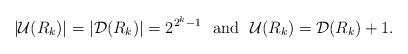
LaTeX: \begin{align*}|\mathcal{U}(R_k)| = |\mathcal{D}(R_k)| = 2^{2^k-1} \:\:\: \textrm{and} \:\:\: \mathcal{U}(R_k) = \mathcal{D}(R_k)+1.\end{align*}